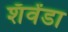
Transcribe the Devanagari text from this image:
शॅवेंडा